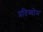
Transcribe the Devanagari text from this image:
प्रतिव्योम